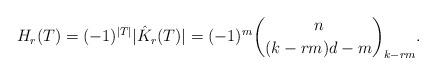
LaTeX: \begin{align*} H_{r}(T)=(-1)^{|T|}|\hat{K}_r (T)|=(-1)^{m}\binom{n}{(k-rm)d-m}_{k-rm}.\end{align*}